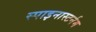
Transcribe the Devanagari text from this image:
स्पाइनास्टर्नम